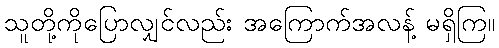
သူတို့ကိုပြောလျှင်လည်း အကြောက်အလန့် မရှိကြ။